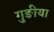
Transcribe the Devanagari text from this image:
गुङीया